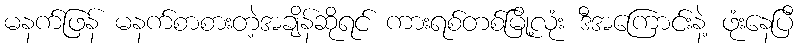
မနက်ဖြန် မနက်စာစားတဲ့အချိန်ဆိုရင် ကားရစ်တစ်မြို့လုံး ဒီအကြောင်းနဲ့ ဖုံးနေပြီ